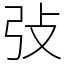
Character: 㢭